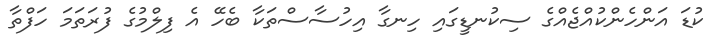
ކުޑަ އަންހެންކުއްޖެއްގެ ސިކުނޑީގައި ހިނގާ އިހުސާސްތަކާ ބެހޭ އެ ފިލްމުގެ ފުރަތަމަ ހަފްތާ